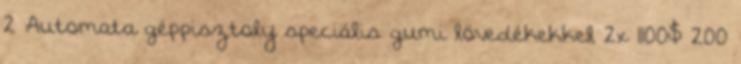
2 Automata géppisztoly speciális gumi lövedékekkel 2x 1100$ 200